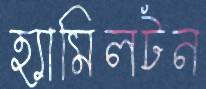
হ্যামিলটন